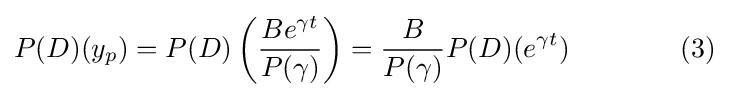
P(D)(y_{p})=P(D)\left({\frac {Be^{\gamma t}}{P(\gamma )}}\right)={\frac {B}{P(\gamma )}}P(D)(e^{\gamma t})\qquad \qquad (3)